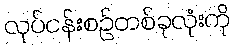
လုပ်ငန်းစဉ်တစ်ခုလုံးကို